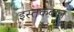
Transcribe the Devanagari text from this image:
इस्तकबाल